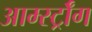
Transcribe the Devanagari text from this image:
आर्म्स्ट्राँग